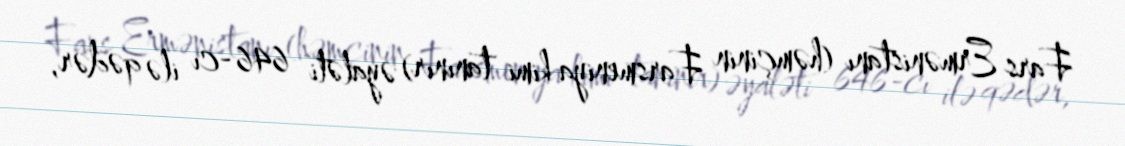
Fars Ermənistanı (həmçinin Farsmeniya kimi tanınır) əyaləti 646-cı ilə qədər,